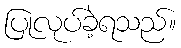
ပြုလုပ်ခဲ့ရသည်။